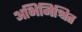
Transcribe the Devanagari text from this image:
अभिमिश्रित